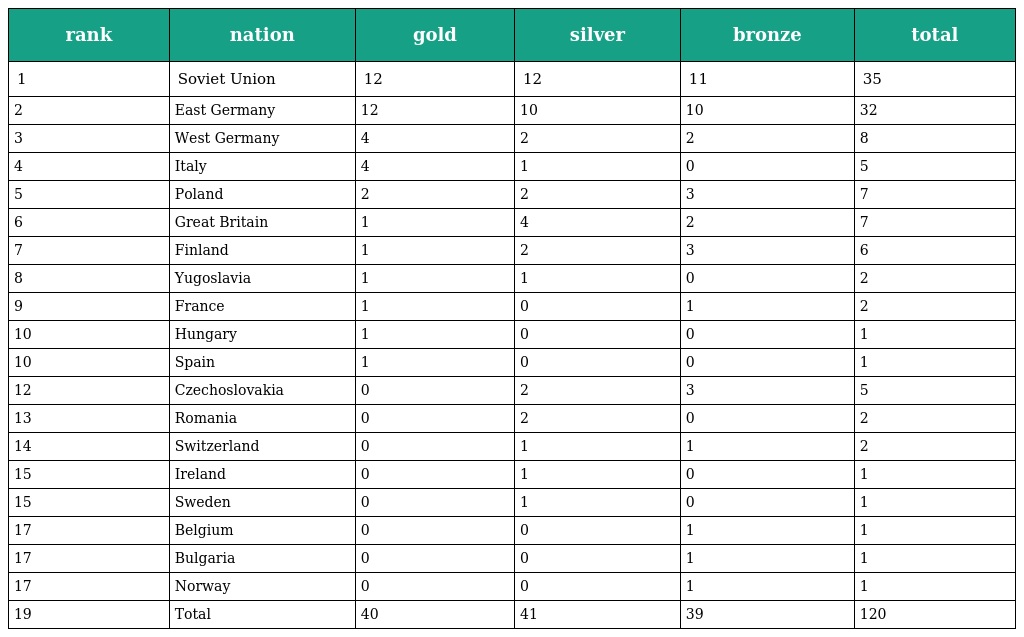
| rank | nation | gold | silver | bronze | total |
 | --- | --- | --- | --- | --- | --- |
 | 1 | Soviet Union | 12 | 12 | 11 | 35 |
 | 2 | East Germany | 12 | 10 | 10 | 32 |
 | 3 | West Germany | 4 | 2 | 2 | 8 |
 | 4 | Italy | 4 | 1 | 0 | 5 |
 | 5 | Poland | 2 | 2 | 3 | 7 |
 | 6 | Great Britain | 1 | 4 | 2 | 7 |
 | 7 | Finland | 1 | 2 | 3 | 6 |
 | 8 | Yugoslavia | 1 | 1 | 0 | 2 |
 | 9 | France | 1 | 0 | 1 | 2 |
 | 10 | Hungary | 1 | 0 | 0 | 1 |
 | 10 | Spain | 1 | 0 | 0 | 1 |
 | 12 | Czechoslovakia | 0 | 2 | 3 | 5 |
 | 13 | Romania | 0 | 2 | 0 | 2 |
 | 14 | Switzerland | 0 | 1 | 1 | 2 |
 | 15 | Ireland | 0 | 1 | 0 | 1 |
 | 15 | Sweden | 0 | 1 | 0 | 1 |
 | 17 | Belgium | 0 | 0 | 1 | 1 |
 | 17 | Bulgaria | 0 | 0 | 1 | 1 |
 | 17 | Norway | 0 | 0 | 1 | 1 |
 | 19 | Total | 40 | 41 | 39 | 120 |